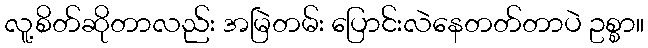
လူ့စိတ်ဆိုတာလည်း အမြဲတမ်း ပြောင်းလဲနေတတ်တာပဲ ဥစ္စာ။